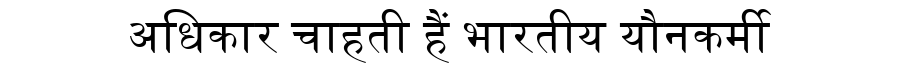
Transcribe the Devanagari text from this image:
अधिकार चाहती हैं भारतीय यौनकर्मी